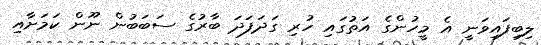
ލިބިފައިވަނީ އެ މީހުންގެ އަތުގައި ހުރި ގަދަފަދަ ބާރުގެ ސަބަބުން ނޫން ކަމަށާއި